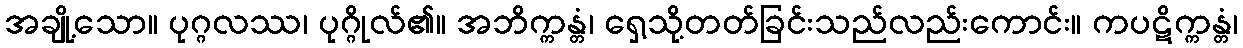
အချို့သော။ ပုဂ္ဂလဿ၊ ပုဂ္ဂိုလ်၏။ အဘိက္ကန္တံ၊ ရှေ့သို့တတ်ခြင်းသည်လည်းကောင်း။ ကပဋိက္ကန္တံ၊